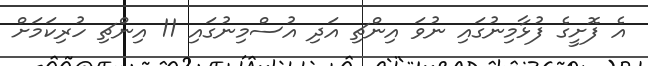
އެ ފޮށީގެ ފުޅާމިނުގައި ނުވަ އިންޗި އަދި އުސްމިނުގައި 11 އިންޗި ހުރިކަމަށް